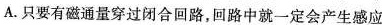
A.只要有磁通量穿过闭合回路，回路中就一定会产生感应